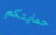
حمايتكم